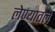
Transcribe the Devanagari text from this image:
लेण्यातले